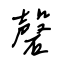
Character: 磬